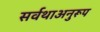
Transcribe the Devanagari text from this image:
सर्वथाअनुरूप